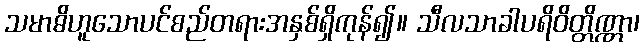
သမာဓိဟူသောပင်စည်တရားအနှစ်ရှိကုန်၍။ သီလသာခါပရိဝိတ္တိဏ္ဏာ၊